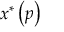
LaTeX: x ^ { \ast } \left( p \right)